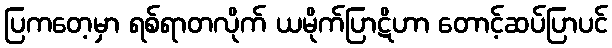
ပြကတေ့မှာ ရစ်ရာတလိုက် ယမိုက်ပြာဋိဟာ တောင့်ဆပ်ပြာပင်